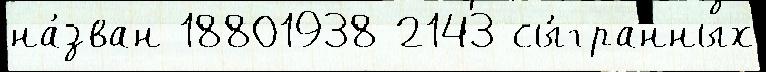
на́зван 18801938 2143 сы́гранных